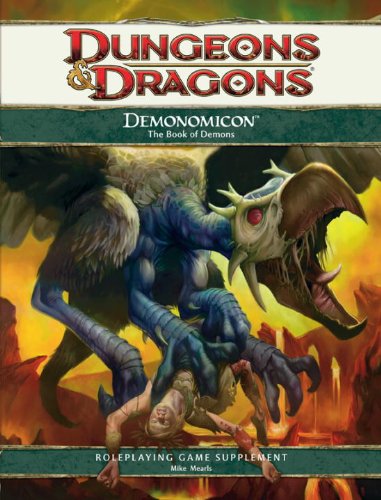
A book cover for Demonomicon: A 4th Edition D&D Supplement; Mike Mearls; Science Fiction & Fantasy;